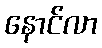
နောင်လာ